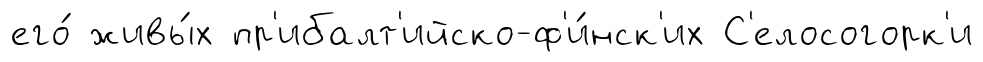
его́ живы́х пр'ибалт'ийско-ф'и́нск'их С'елосогорк'и